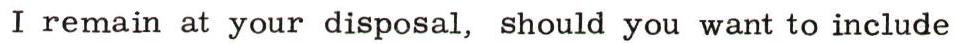
I remain at your disposal, should you want to include